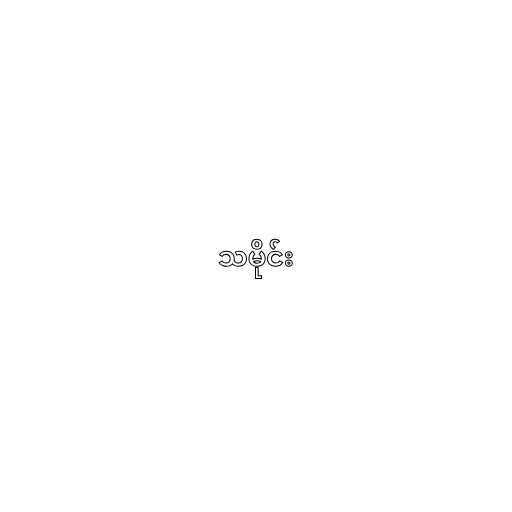
သမိုင်း